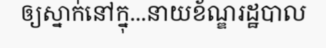
ឲ្យស្នាក់នៅក្នុ...នាយខ័ណ្ឌរដ្ឋបាល